Lunatic asylums Central Provinces reports 1910-1926 - 1910-1926
Year: 1910
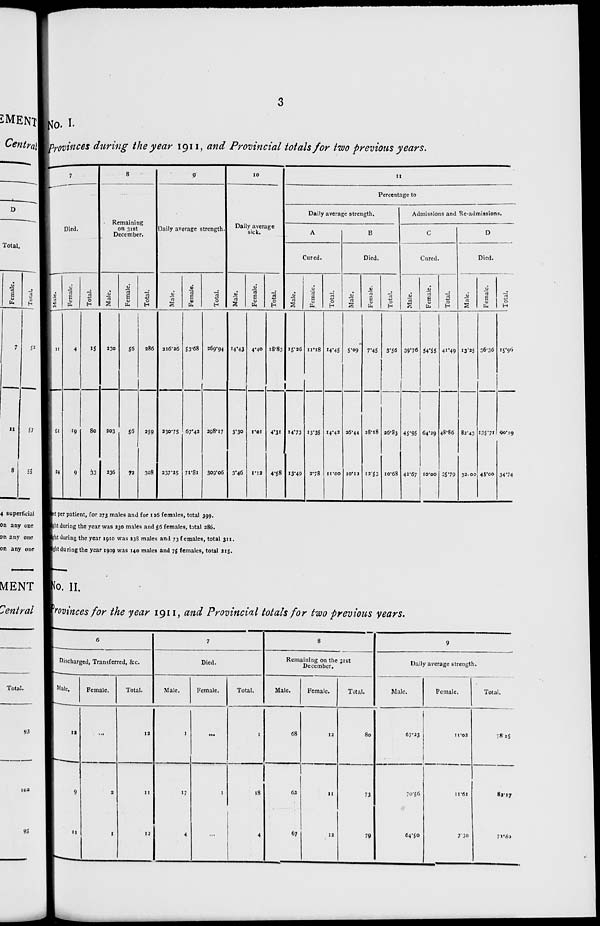
3
No. I.
Provinces during the year 1911, and Provincial totals for two previous years.
7
Died.
Male.
11
61
24
Female.
4
19
9
Total.
15
80
33
8
Remaining
on 31st
December.
Male.
230
203
236
Female.
56
56
72
Total.
286
259
308
9
Daily average strength.
Male.
216.26
230.75
237.25
Female.
53.68
67.42
71.81
Total.
269.94
298.17
309.06
10
Daily average
sick.
Male.
14.43
3.30
3.46
Female.
4.40
1.01
1.12
Total.
18.83
4.31
4.58
11
Percentage to
Daily average strength.
A
Cured.
Male.
15.26
14.73
13.49
Female.
11.18
13.35
2.78
Total.
14.45
14.42
11.00
B
Died.
Male.
5.09
26.44
10.12
Female.
7.45
28.18
12.53
Total.
5.56
26.83
10.68
Admissions and Re-admissions.
C
Cured.
Male.
39.76
45.95
42.67
Female.
54.55
64.29
10.00
Total.
41.49
48.86
35.79
D
Died.
Male.
13.25
83.43
32.00
Female.
36.36
135.71
45.00
Total.
15.96
90.19
34.74
feet per patient, for 273 males and for 126 females, total 399.
night during the year was 230 males and 56 females, total 286.
night during the year 1910 was 238 males and 73 females, total 311.
night during the year 1909 was 140 males and 75 females, total 215.
No. II.
Provinces for the year 1911, and Provincial totals for two previous years.
6
Discharged, Transferred, &c.
Male.
12
9
11
Female.
...
2
1
Total.
12
11
12
7
Died.
Male.
1
17
4
Female.
...
1
...
Total.
1
18
4
8
Remaining on the 31st
December.
Male.
68
62
67
Female.
12
11
12
Total.
80
73
79
9
Daily average strength.
Male.
57.23
70.56
64.50
Female.
11.02
11.61
7.30
Total.
78.25
82.17
71.80